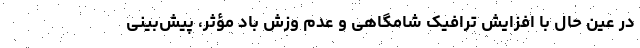
در عین حال با افزایش ترافیک شامگاهی و عدم وزش باد مؤثر، پیش‌بینی